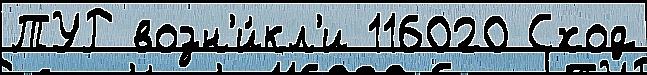
ТУР возн'и́кл'и 116020 Сход